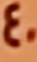
40